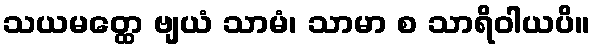
သယမတ္ထေ ဗျယံ သာမံ၊ သာမာ စ သာရိဝါယပိ။